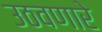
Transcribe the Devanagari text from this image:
उठवणारे